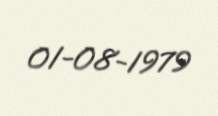
01-08-1979